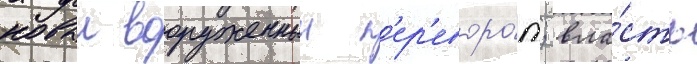
новыи вооруженныи п'ер'еворо́т; вла́сть